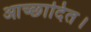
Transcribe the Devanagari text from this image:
आच्छादित।